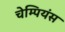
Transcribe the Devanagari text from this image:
चेम्पियंस